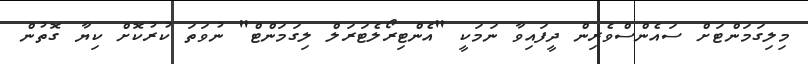
މިލިގަމަންޓަށް ސައެންސްވެރިން ދީފައިވާ ނަމަކީ "އެންޓިރޯލެޓަރަލް ލިގަމަންޓް" ނުވަތަ ކުރުކޮށް ކިޔާ ގޮތުން